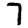
Digit: 7